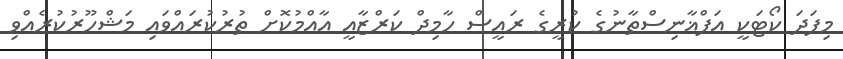
މިފަދަ ކޯޓަކީ އަފްޣާނިސްތާނުގެ ކުރީގެ ރައީސް ހާމިދް ކަރްޒާއީ އާއްމުކޮށް ތުރުކުރައްވައި މަޝްހޫރުކުރެއްވި